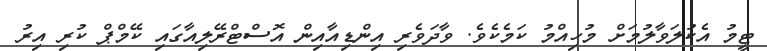
ޓީމު އެކުލަވާލުމަށް މުހިއްމު ކަމެކެވެ. ވާދަވެރި އިންޑިއާއިން އޮސްޓްރޭލިއާގައި ކޭމްޕް ކުރި އިރު